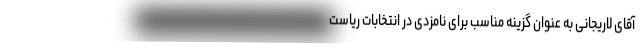
آقای لاریجانی به عنوان گزینه مناسب برای نامزدی در انتخابات ریاست